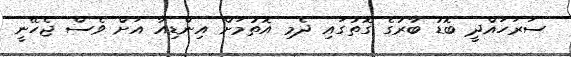
ސަރަހައްދީ ބޮޑު ބާރުގެ ގޮތުގައި ދެމި އޮތުމަށް އިންޑިއާ އަށް ވެސް ޖެހޭނީ